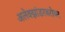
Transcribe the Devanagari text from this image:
अलेक्झांडरबरोबर